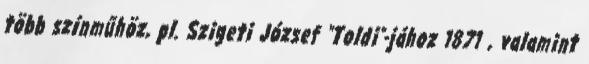
több színműhöz, pl. Szigeti József "Toldi"-jához 1871 , valamint